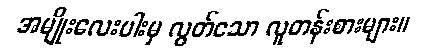
အမျိုးလေးပါးမှ လွတ်သော လူတန်းစားများ။